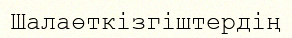
Шалаөткізгіштердің